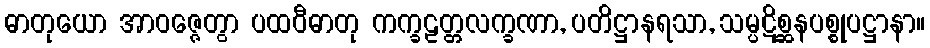
ဓာတုယော အာဝဇ္ဇေတွာ ပထဝီဓာတု ကက္ခဠတ္တလက္ခဏာ, ပတိဋ္ဌာနရသာ, သမ္ပဋိစ္ဆနပစ္စုပဋ္ဌာနာ။